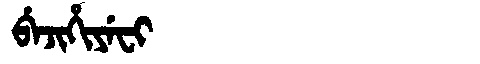
Manchu: ᠪᡝᠵᡳᡥᡳᠶᡝᠸᡳ
Romanization: BEJIHIYEFI